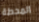
المحطة